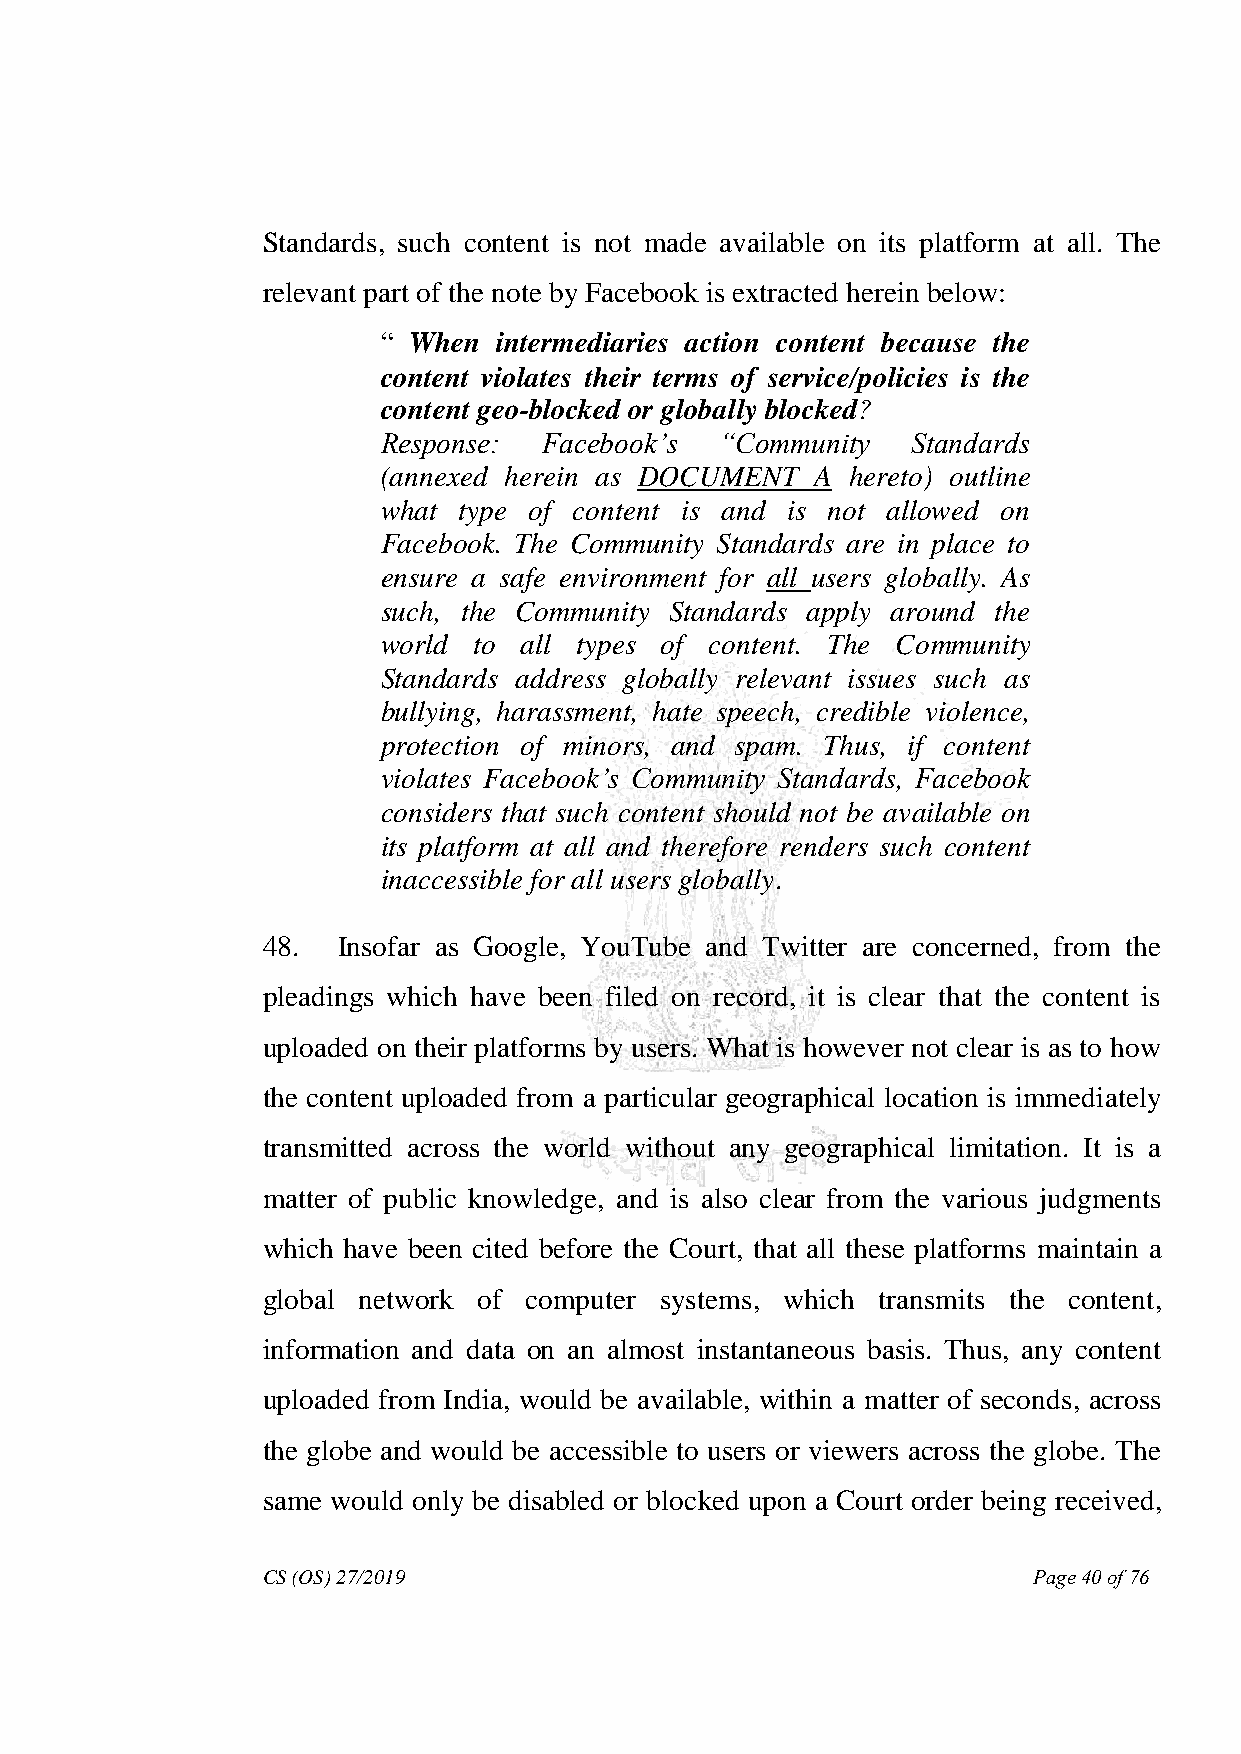
Standards, such content is not made available on its platform at all. The
 relevant part of the note by Facebook is extracted herein below:
 “ When  intermediaries action content because the
 content violates their terms of service/policies is the
 content geo-blocked or globally blocked?
 Response:  Facebook‘s  ―Community  Standards
 (annexed herein as DOCUMENT  A hereto) outline
 what type of content is and is not allowed on
 Facebook. The Community Standards are in place to
 ensure a safe environment for all users globally. As
 such, the Community Standards apply around the
 world to all types of content. The Community
 Standards address globally relevant issues such as
 bullying, harassment, hate speech, credible violence,
 protection of minors, and spam. Thus, if content
 violates Facebook‘s Community Standards, Facebook
 considers that such content should not be available on
 its platform at all and therefore renders such content
 inaccessible for all users globally.
 48.  Insofar as Google, YouTube and Twitter are concerned, from the
 pleadings which have been filed on record, it is clear that the content is
 uploaded on their platforms by users. What is however not clear is as to how
 the content uploaded from a particular geographical location is immediately
 transmitted across the world without any geographical limitation. It is a
 matter of public knowledge, and is also clear from the various judgments
 which have been cited before the Court, that all these platforms maintain a
 global network of computer systems, which transmits the content,
 information and data on an almost instantaneous basis. Thus, any content
 uploaded from India, would be available, within a matter of seconds, across
 the globe and would be accessible to users or viewers across the globe. The
 same would only be disabled or blocked upon a Court order being received,
 CS (OS) 27/2019                                    Page 40 of 76